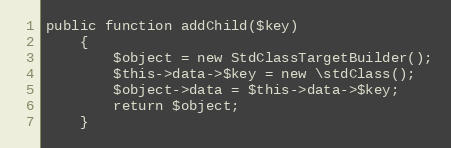
Language: PHP
public function addChild($key)
	{
		$object = new StdClassTargetBuilder();
		$this->data->$key = new \stdClass();
		$object->data = $this->data->$key;
		return $object;
	}